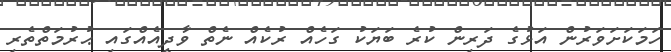
ހަމަކަށަވަރުން އަޅުގެ ދަރިން ކުރެ ބަޔަކު ގަހެއް ރުކެއް ނެތް ވާދީއެއްގައި ޙުރުމަތްތެރި